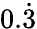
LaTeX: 0.{\dot{3}}